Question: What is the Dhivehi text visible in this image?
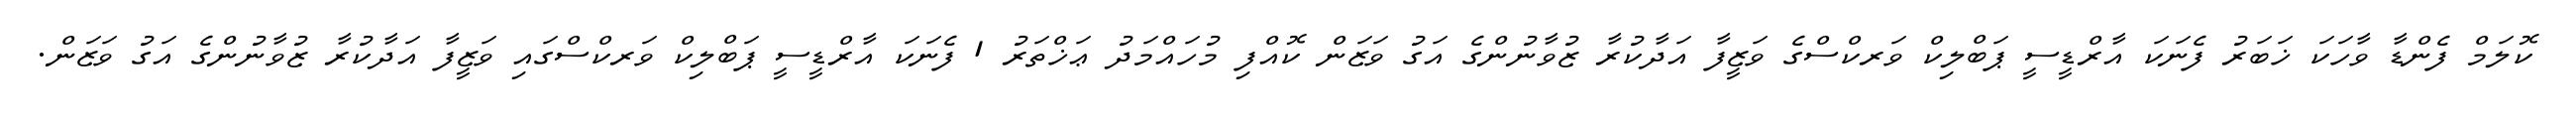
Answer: ކޮލަމް ފެންޑާ ވާހަކަ ޚަބަރު ފެނަކަ އާރްޑީސީ ޕަބްލިކް ވަރކްސްގެ ވަޒީފާ އަދާކުރާ ޒުވާނުންގެ އަގު ވަޒަން ކޮއްފި މުހައްމަދު ޢަޚްތަރު 1 ފެނަކަ އާރްޑީސީ ޕަބްލިކް ވަރކްސްގައި ވަޒީފާ އަދާކުރާ ޒުވާނުންގެ އަގު ވަޒަން.